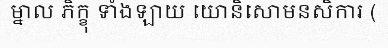
ម្នាល ភិក្ខុ ទាំងឡាយ យោនិសោមនសិការ (